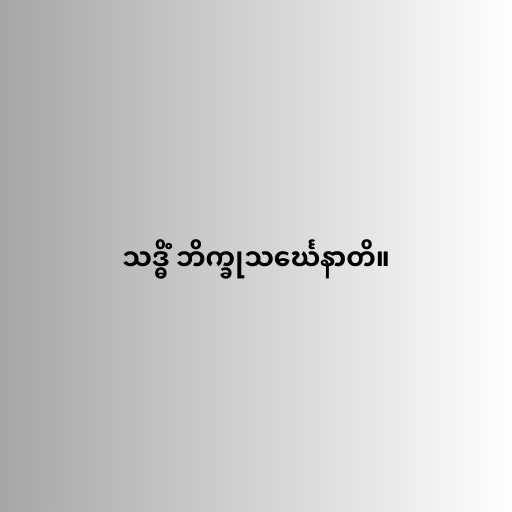
သဒ္ဓိံ ဘိက္ခုသင်္ဃေနာတိ။